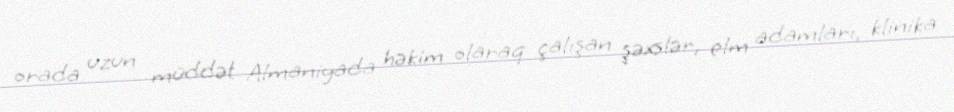
orada uzun müddət Almaniyada həkim olaraq çalışan şəxslər, elm adamları, klinika